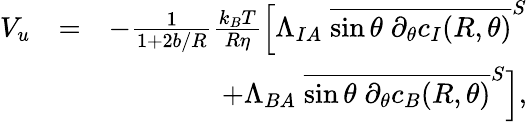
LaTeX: \begin{array}{rlr}{V_{u}}&{=}&{-\frac{1}{1+2b/R}\frac{k_{B}T}{R\eta}\Big[\Lambda_{IA}\; \overline{{\sin\theta\; \partial_{\theta}c_{I}(R,\theta)}}^{S}}\\ &{}&{+\Lambda_{BA}\; \overline{{\sin\theta\; \partial_{\theta}c_{B}(R,\theta)}}^{S}\Big],}\end{array}